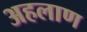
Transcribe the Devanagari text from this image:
अहलाण